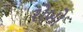
રોબો